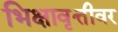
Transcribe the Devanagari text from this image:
भिक्षावृत्तीवर